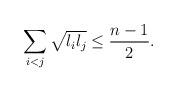
LaTeX: \begin{align*}\sum_{i<j} \sqrt{l_i l_j} \leq \frac{n-1}{2}.\end{align*}